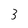
Character: 3